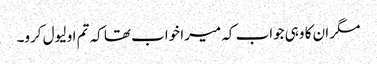
مگر ان کا وہی جواب کہ میرا خواب تھا کہ تم او لیول کرو۔